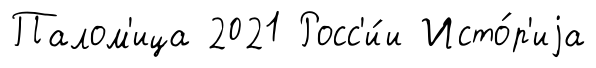
Палом'ица 2021 Росс'и́и Исто́р'иjа